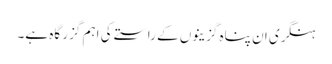
ہنگری ان پناہ گزینوں کے راستے کی اہم گزر گاہ ہے۔